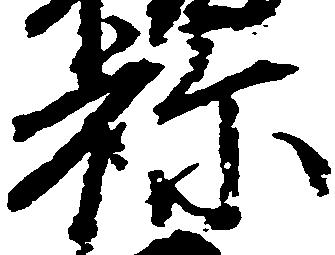
祢